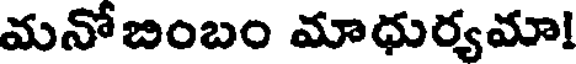
మనోబింబం మాధుర్యమా!